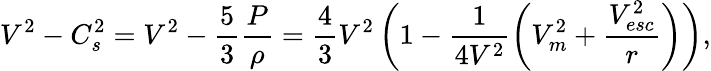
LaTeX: V^{2}-C_{s}^{2}=V^{2}-\frac{5}{3}\frac{P}{\rho}=\frac{4}{3}V^{2}\left(1-\frac{1}{4V^{2}}\left(V_{m}^{2}+\frac{V_{esc}^{2}}{r}\right)\right),